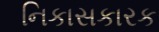
નિકાસકારક